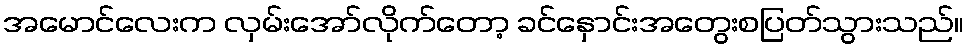
အမောင်လေးက လှမ်းအော်လိုက်တော့ ခင်နှောင်းအတွေးစပြတ်သွားသည်။